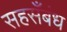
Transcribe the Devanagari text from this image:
सहसँबंध